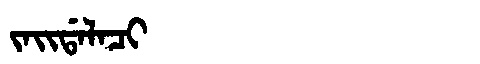
Manchu: ᠵᠠᡳᡩᠠᠯᠠᠴᡳ
Romanization: JAIDALACI